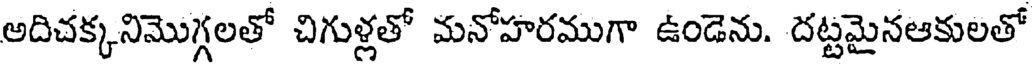
అదిచక్కనిమొగ్గలతో చిగుళ్లతో మనోహరముగా ఉండెను. దట్టమైనఆకులతో